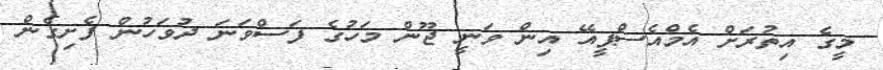
މީގެ އިތުރަށް އެމްއެސްޕީއޭ އިން ވަނީ ޖޫން މަހުގެ ފަސްވަނަ ދުވަހުން ފެށިގެން